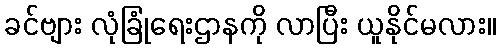
ခင်ဗျား လုံခြုံရေးဌာနကို လာပြီး ယူနိုင်မလား။